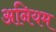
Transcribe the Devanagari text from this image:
अनियम